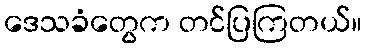
ဒေသခံတွေက တင်ပြကြတယ်။